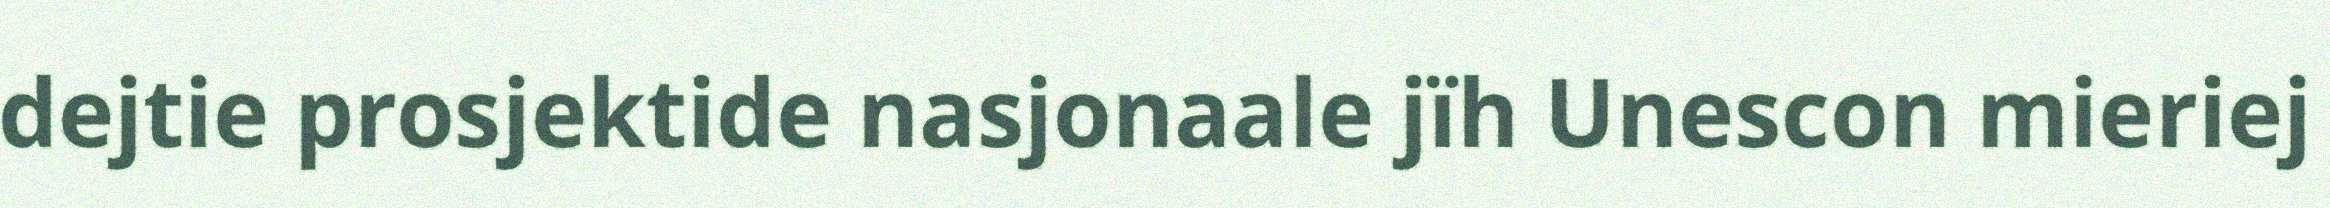
dejtie prosjektide nasjonaale jïh Unescon mieriej